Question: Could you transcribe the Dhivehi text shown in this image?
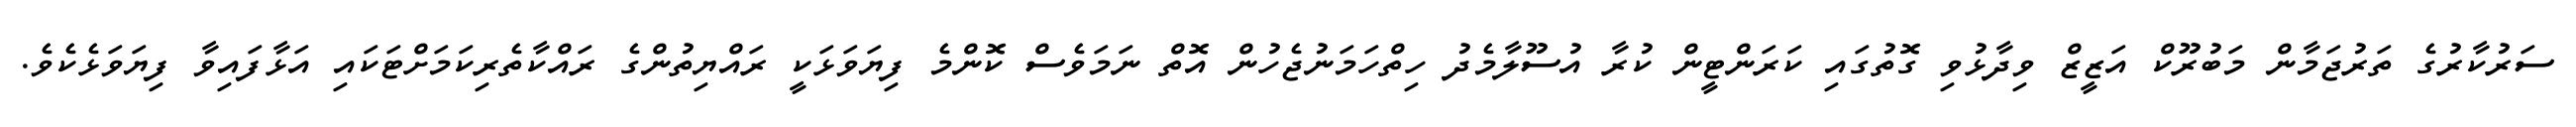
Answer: ސަރުކާރުގެ ތަރުޖަމާން މަބުރޫކް އަޒީޒް ވިދާޅުވި ގޮތުގައި ކަރަންޓީން ކުރާ އުސޫލާމެދު ހިތްހަމަނުޖެހުން އޮތް ނަމަވެސް ކޮންމެ ފިޔަވަޅަކީ ރައްޔިތުންގެ ރައްކާތެރިކަމަށްޓަކައި އަޅާފައިވާ ފިޔަވަޅެކެވެ.